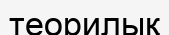
теорилық